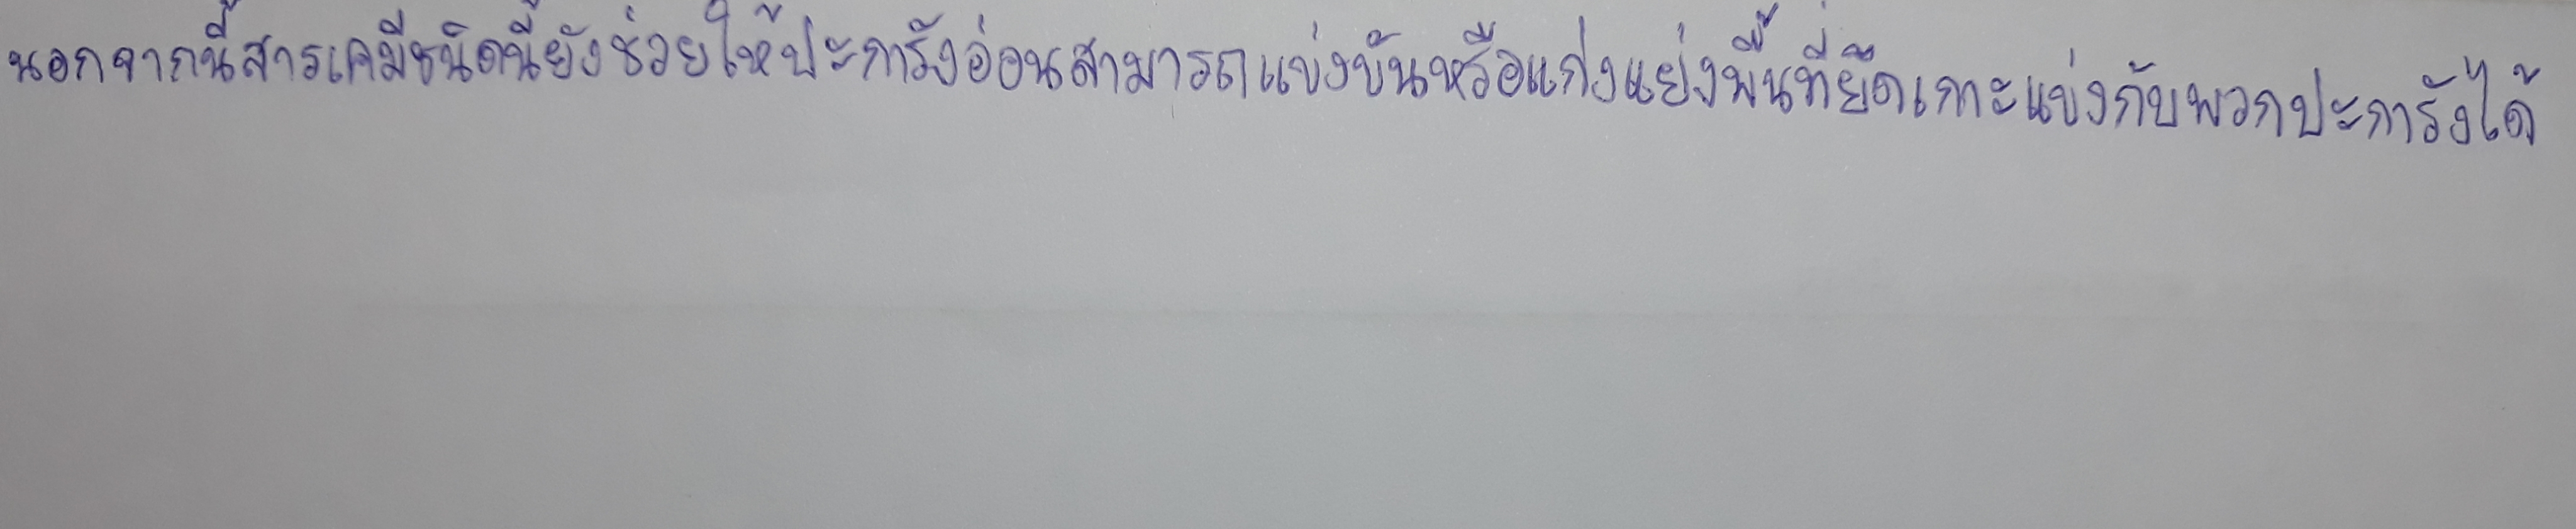
นอกจากนี้สารเคมีชนิดนี้ยังช่วยให้ปะการังอ่อนสามารถแข่งขันหรือแก่งแย่งพื้นที่ยึดเกาะแข่งกับพวกปะการังได้